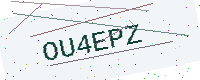
Text: OU4EPZ